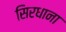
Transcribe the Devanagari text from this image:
सिरधाना